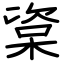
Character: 楶